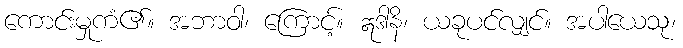
ကောင်းမှုကံ၏။ အဘာဝါ၊ ကြောင့်။ ဣဒါနိ၊ ယခုပင်လျှင်။ အပါယေသု၊